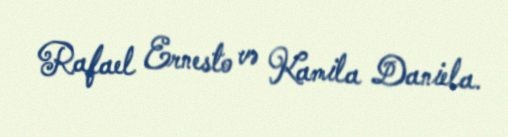
Rafael Ernesto və Kamila Daniela.